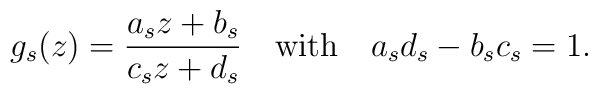
g_s(z)=\frac{a_sz+b_s}{c_sz+d_s} \quad {\rm{with}}\quad a_sd_ s-b_sc_s=1.